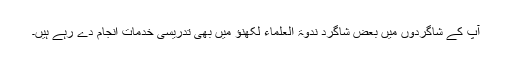
آپ کے شاگردوں میں بعض شاگرد ندوۃ العلماء لکھنؤ میں بھی تدریسی خدمات انجام دے رہے ہیں۔